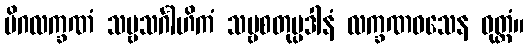
မိဂလက္ခဏံ သဗ္ဗသင်္ဂါဟိကံ သဗ္ဗစတုပ္ပဒါနံ လက္ခဏဝသေန ဝုတ္တံ။